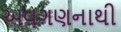
અવગણનાથી